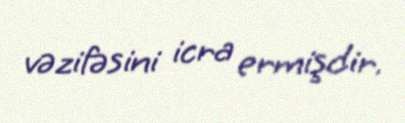
vəzifəsini icra ermişdir.